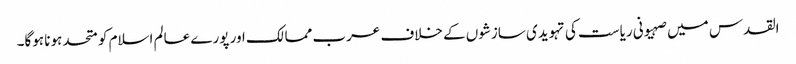
القدس میں صہیونی ریاست کی تہویدی سازشوں کے خلاف عرب ممالک اور پورے عالم اسلام کو متحد ہونا ہوگا۔